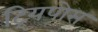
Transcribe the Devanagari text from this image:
ट्र्यिपोस